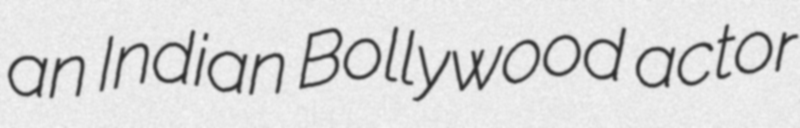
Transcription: an Indian Bollywood actor